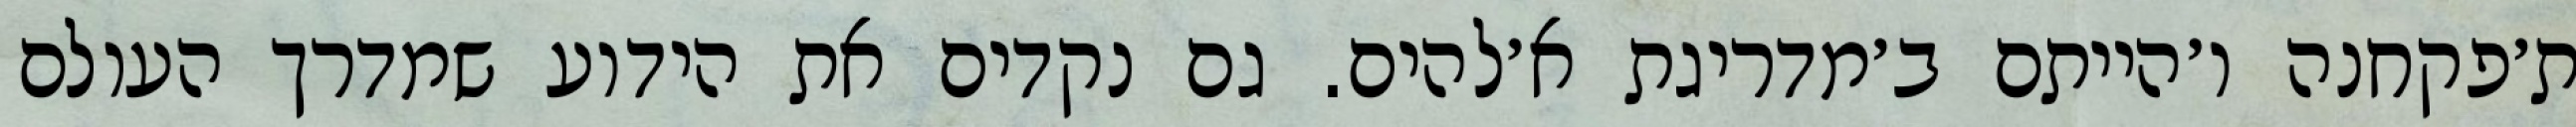
ת׳פקחנה ו׳הייתם ב׳מדריגת א׳להים. גם נקדים את הידוע שמדרך העולם